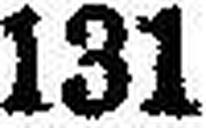
131